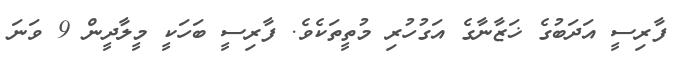
ފާރިސީ އަދަބުގެ ޚަޒާނާގެ އަގުހުރި މުތީތަކެވެ. ފާރިސީ ބަހަކީ މީލާދީން 9 ވަނަ